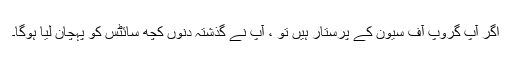
اگر آپ گروپ آف سیون کے پرستار ہیں تو ، آپ نے گذشتہ دنوں کچھ سائٹس کو پہچان لیا ہوگا۔